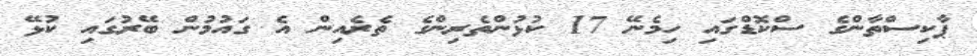
ޕާކިސްތާންގެ ސްކޮޑްގައި ހިމެނޭ 17 ކުޅުންތެރިންގެ ތެރެއިން އެ ގައުމުން ބޭރުގައި ކުޅޭ